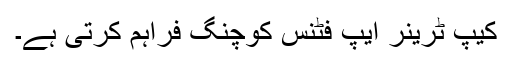
کیپ ٹرینر ایپ فٹنس کوچنگ فراہم کرتی ہے۔